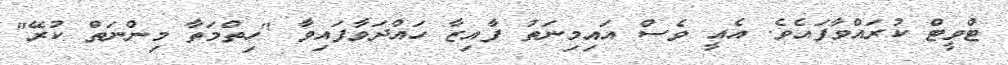
ޓްވީޓް ކުރައްވާފައެވެ. އެއީ ވެސް އައިމިނަތު ފާއިޒާ ހައްދަވާފައިވާ "ހިތްމަތާ މިންނަތް ކުރޭ"